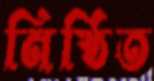
নিষ্ঠিত